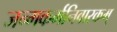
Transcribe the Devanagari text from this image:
जन्मकर्मनिवारकम्